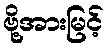
ဗို့အားမြင့်